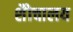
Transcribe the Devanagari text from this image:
शैोचालय